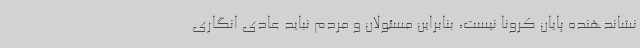
نشاندهنده پایان کرونا نیست، بنابراین مسئولان و مردم نباید عادی انگاری